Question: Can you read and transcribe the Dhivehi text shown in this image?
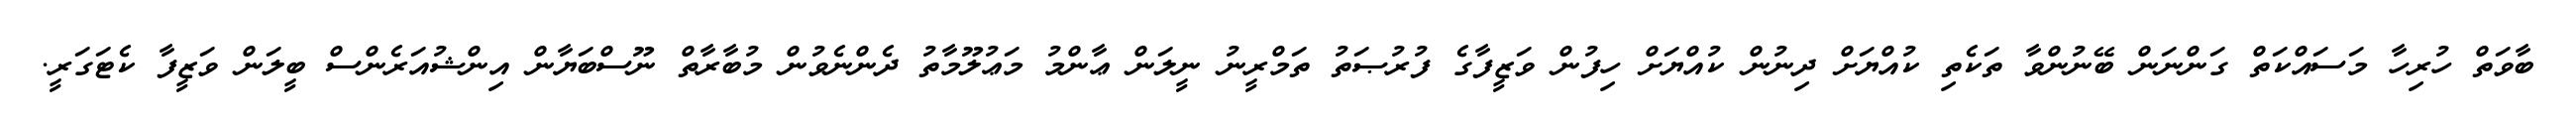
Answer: ބާވަތް ހުރިހާ މަސައްކަތް ގަންނަން ބޭނުންވާ ތަކެތި ކުއްޔަށް ދިނުން ކުއްޔަށް ހިފުން ވަޒީފާގެ ފުރުޞަތު ތަމްރީނު ނީލަން ޢާންމު މަޢުލޫމާތު ދެންނެވުން މުބާރާތް ނޫސްބަޔާން އިންޝުއަރެންސް ބީލަން ވަޒީފާ ކެޓަގަރީ.